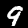
Label: 9